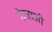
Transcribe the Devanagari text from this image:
हेजाज़ी